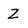
Character: Z